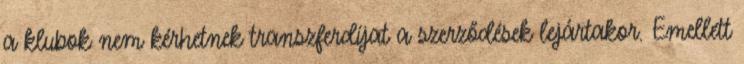
a klubok nem kérhetnek transzferdíjat a szerződések lejártakor. Emellett